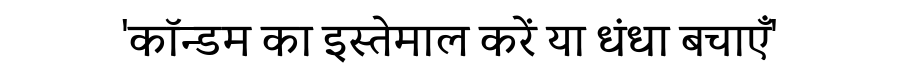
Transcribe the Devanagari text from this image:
'कॉन्डम का इस्तेमाल करें या धंधा बचाएँ'